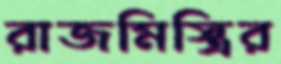
রাজমিস্ত্রির